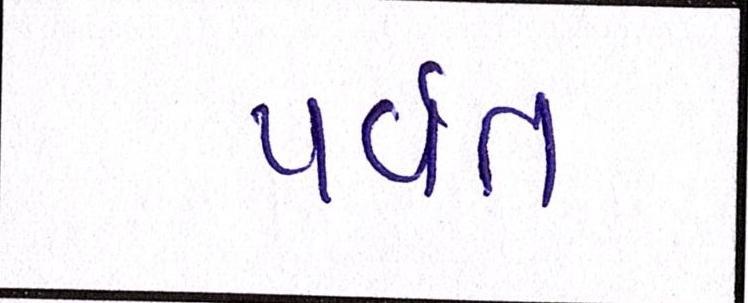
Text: પર્વત